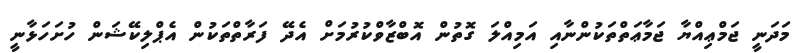
މަދަނީ ޖަމްޢިއްޔާ ޖަމާޢަތްތަކުންނާއި އަމިއްލަ ގޮތުން އޮބްޒާވްކުރުމަށް އެދޭ ފަރާތްތަކުން އެޕްލިކޭޝަން ހުށަހަޅާނީ